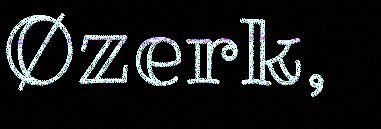
Øzerk,